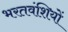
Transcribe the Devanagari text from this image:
भरतवंशियों